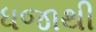
ધજાથી